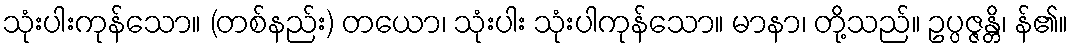
သုံးပါးကုန်သော။ (တစ်နည်း) တယော၊ သုံးပါး သုံးပါကုန်သော။ မာနာ၊ တို့သည်။ ဥပ္ပဇ္ဇန္တိ၊ န်၏။